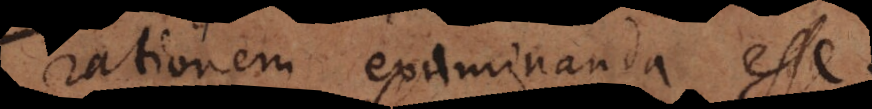
rationem examinanda esse.